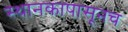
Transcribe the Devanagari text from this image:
स्थानकापासूनच